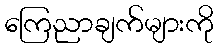
ကြေညာချက်များကို